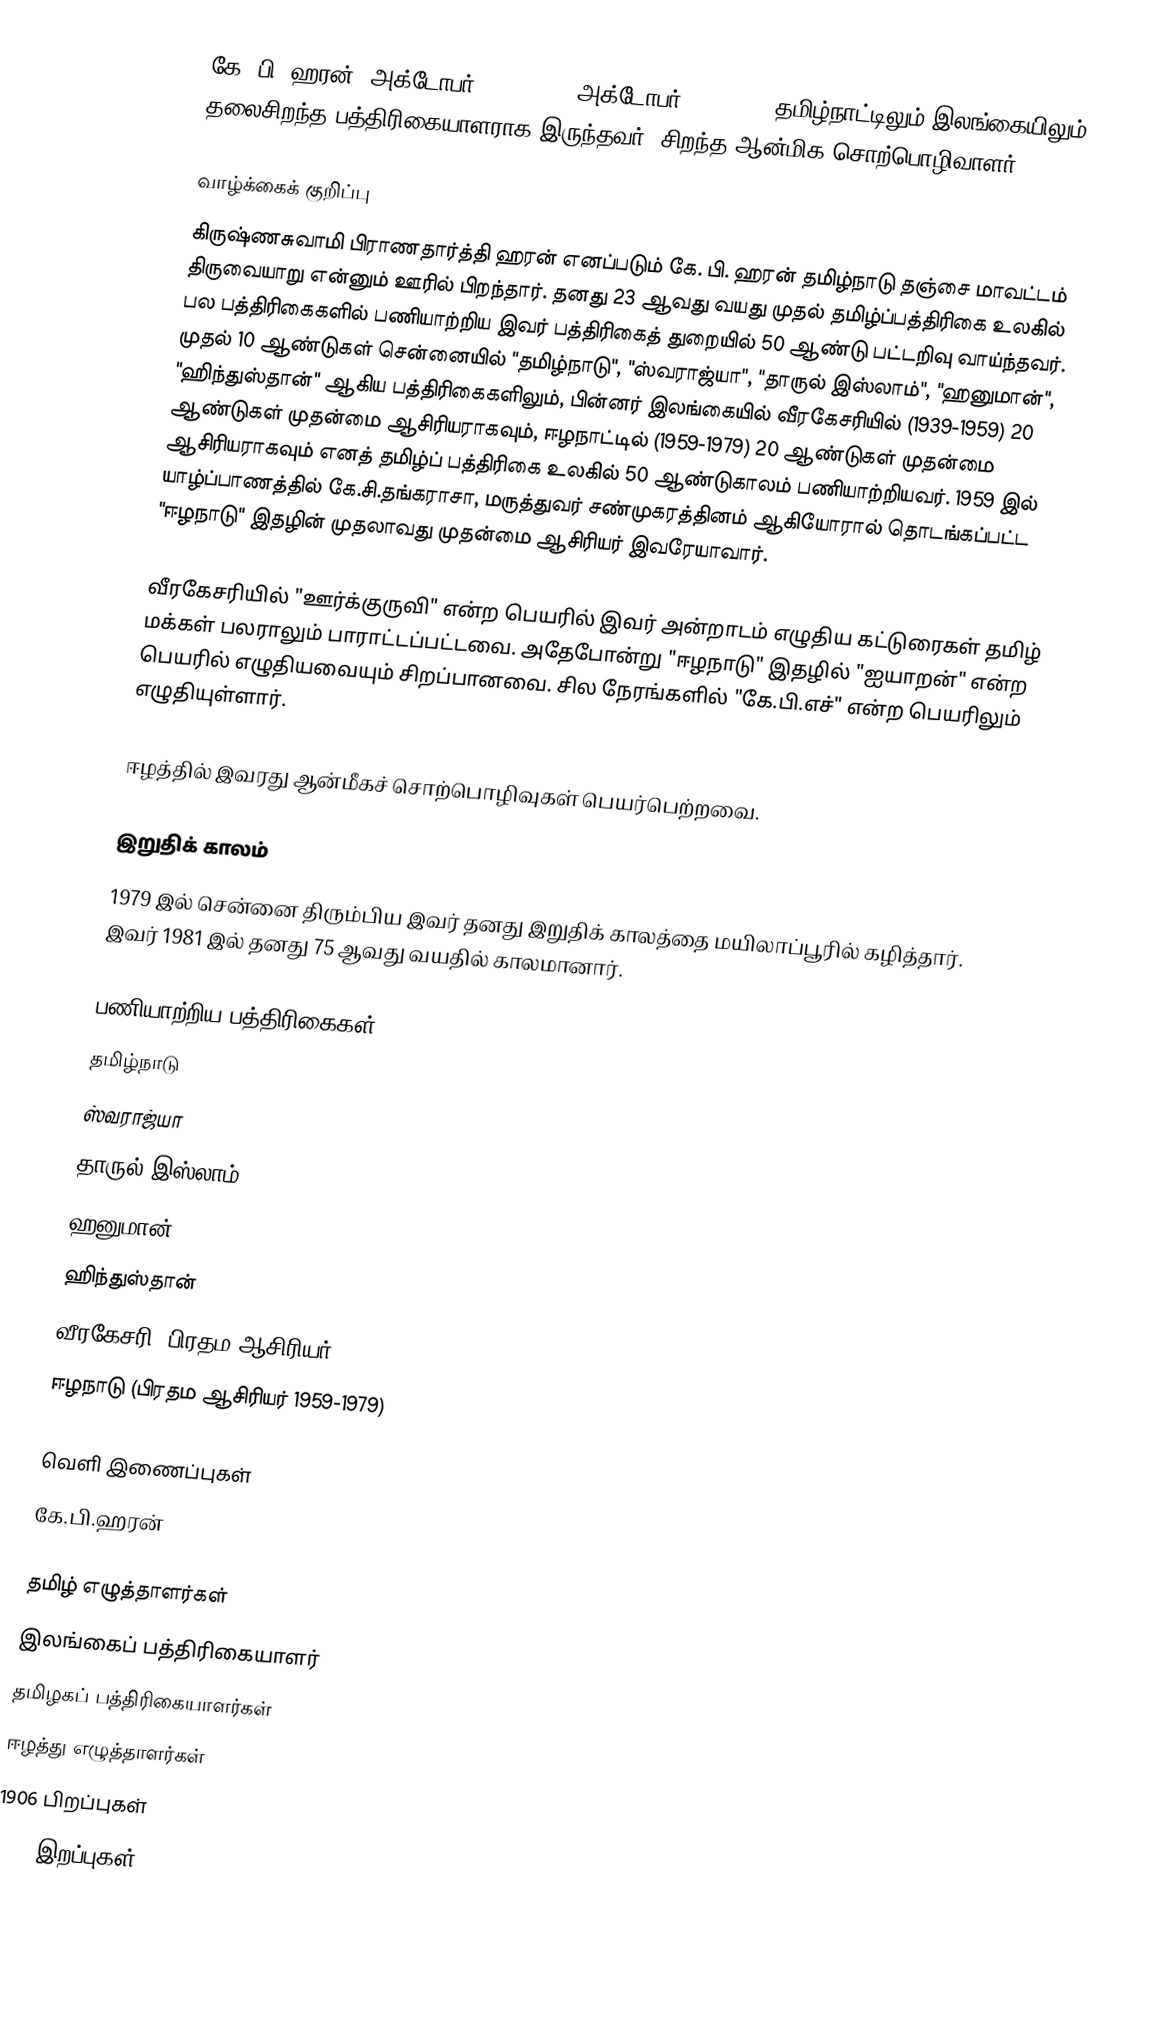
கே. பி. ஹரன் (அக்டோபர் 17, 1906 - அக்டோபர் 14, 1981) தமிழ்நாட்டிலும் இலங்கையிலும் தலைசிறந்த பத்திரிகையாளராக இருந்தவர். சிறந்த ஆன்மிக சொற்பொழிவாளர்.

வாழ்க்கைக் குறிப்பு
கிருஷ்ணசுவாமி பிராணதார்த்தி ஹரன் எனப்படும் கே. பி. ஹரன் தமிழ்நாடு தஞ்சை மாவட்டம் திருவையாறு என்னும் ஊரில் பிறந்தார். தனது 23 ஆவது வயது முதல் தமிழ்ப்பத்திரிகை உலகில் பல பத்திரிகைகளில் பணியாற்றிய இவர் பத்திரிகைத் துறையில் 50 ஆண்டு பட்டறிவு வாய்ந்தவர். முதல் 10 ஆண்டுகள் சென்னையில் "தமிழ்நாடு", "ஸ்வராஜ்யா", "தாருல் இஸ்லாம்", "ஹனுமான்", "ஹிந்துஸ்தான்" ஆகிய பத்திரிகைகளிலும், பின்னர் இலங்கையில் வீரகேசரியில் (1939-1959) 20 ஆண்டுகள் முதன்மை ஆசிரியராகவும், ஈழநாட்டில் (1959-1979) 20 ஆண்டுகள் முதன்மை ஆசிரியராகவும் எனத் தமிழ்ப் பத்திரிகை உலகில் 50 ஆண்டுகாலம் பணியாற்றியவர். 1959 இல் யாழ்ப்பாணத்தில் கே.சி.தங்கராசா, மருத்துவர் சண்முகரத்தினம் ஆகியோரால் தொடங்கப்பட்ட "ஈழநாடு" இதழின் முதலாவது முதன்மை ஆசிரியர் இவரேயாவார்.

வீரகேசரியில் "ஊர்க்குருவி" என்ற பெயரில் இவர் அன்றாடம் எழுதிய கட்டுரைகள் தமிழ் மக்கள் பலராலும் பாராட்டப்பட்டவை. அதேபோன்று "ஈழநாடு" இதழில் "ஐயாறன்" என்ற பெயரில் எழுதியவையும் சிறப்பானவை. சில நேரங்களில் "கே.பி.எச்" என்ற பெயரிலும் எழுதியுள்ளார்.

ஈழத்தில் இவரது ஆன்மீகச் சொற்பொழிவுகள் பெயர்பெற்றவை.

இறுதிக் காலம்
1979 இல் சென்னை திரும்பிய இவர் தனது இறுதிக் காலத்தை மயிலாப்பூரில் கழித்தார். இவர் 1981 இல் தனது 75 ஆவது வயதில் காலமானார்.

பணியாற்றிய பத்திரிகைகள்
 தமிழ்நாடு
 ஸ்வராஜ்யா
 தாருல் இஸ்லாம்
 ஹனுமான்
 ஹிந்துஸ்தான்
 வீரகேசரி (பிரதம ஆசிரியர், 1939-1959)
 ஈழநாடு (பிரதம ஆசிரியர் 1959-1979)

வெளி இணைப்புகள்
 கே.பி.ஹரன்

தமிழ் எழுத்தாளர்கள்
இலங்கைப் பத்திரிகையாளர்
தமிழகப் பத்திரிகையாளர்கள்
ஈழத்து எழுத்தாளர்கள்
1906 பிறப்புகள்
1981 இறப்புகள்